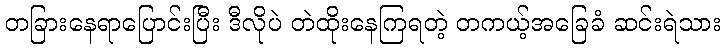
တခြားနေရာပြောင်းပြီး ဒီလိုပဲ တဲထိုးနေကြရတဲ့ တကယ့်အခြေခံ ဆင်းရဲသား